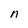
Character: n